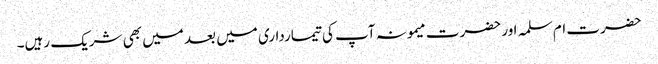
حضرت ام سلمہ اور حضرت میمونہ آپ کی تیمارداری میں بعد میں بھی شریک رہیں۔